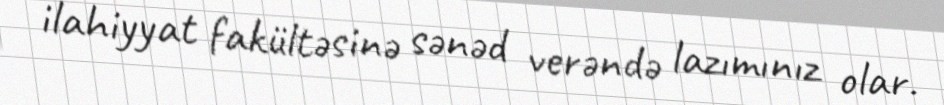
ilahiyyat fakültəsinə sənəd verəndə lazımınız olar.